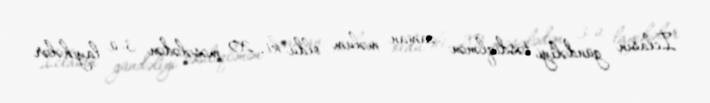
İclasın gündəliyi təsdiqlənən zaman məlum oldu ki, 20 məsələdən 3-ü layihələr